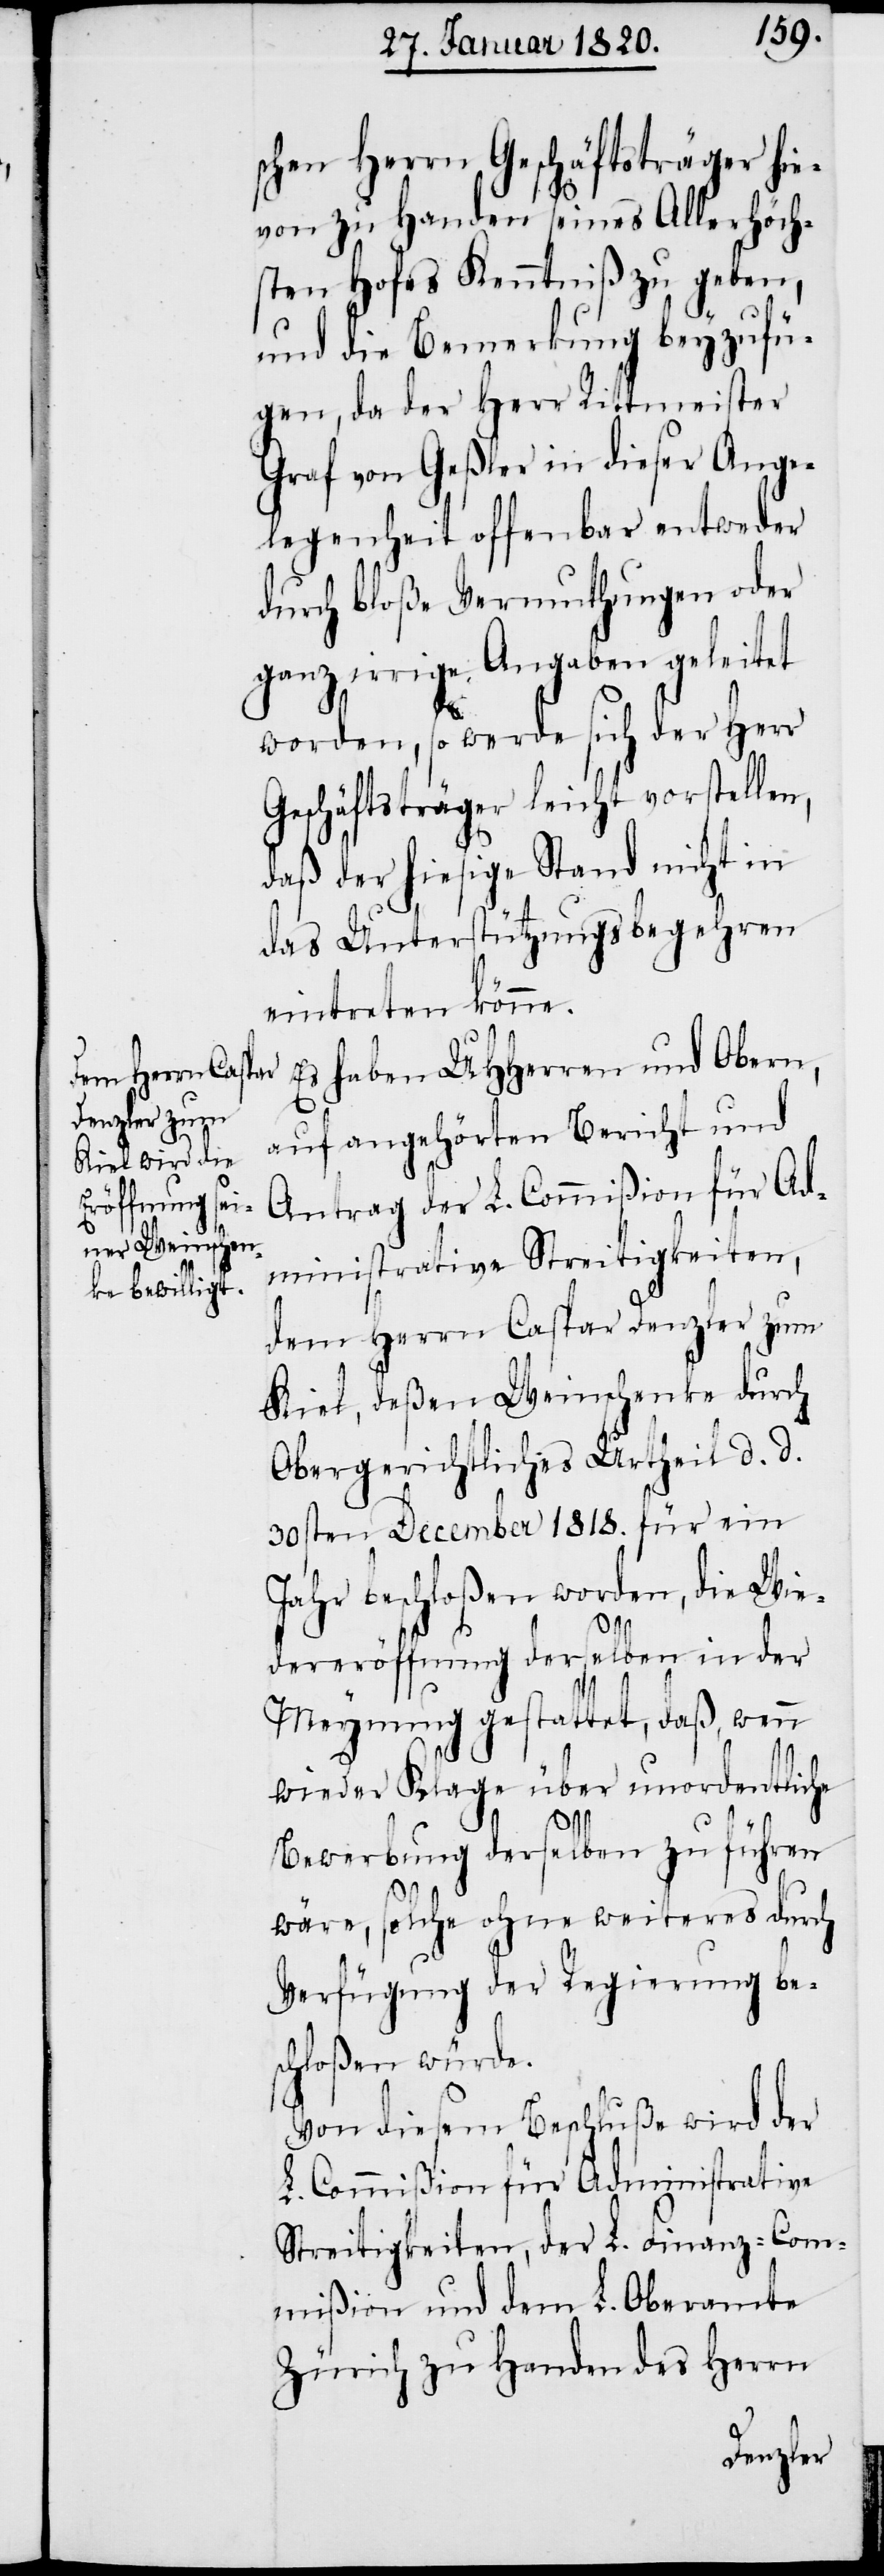
schen Herrn Geschäftsträger hie¬
von zu Handen seines Allerhöch¬
sten Hofes Kenntniß zu geben,
und die Bemerkung beyzufü¬
gen, da der Herr Rittmeister
Graf von Geßler in dieser Ange¬
legenheit offenbar entweder
durch bloße Vermuthungen oder
ganz irrige Angaben geleitet
worden, so werde sich der Herr
Geschäftsträger leicht vorstellen,
daß der hiesige Stand nicht in
das Unterstützungsbegehren
eintreten könne.
Es haben UHHerren und Obern,
auf angehörten Bericht und
Antrag der L. Commißion für Ad¬
ministrative Streitigkeiten,
dem Herrn Caspar Denzler zum
Kiel, deßen Weinschenke durch
Obergerichtliches Urtheil d. d.
30sten December 1818. für ein
Jahr beschloßen worden, die Wie¬
dereröffnung derselben in der
Meynung gestattet, daß, wenn
wieder Klage über unordentliche
Bewerbung derselben zu führen
wäre, solche ohne weiteres durch
Verfügung der Regierung be¬
schloßen würde.
Von diesem Beschluße wird der
L. Commißion für Administrative
Streitigkeiten, der L. Finanz-Com¬
mißion und dem L. Oberamte
Zürich zu Handen des Herrn